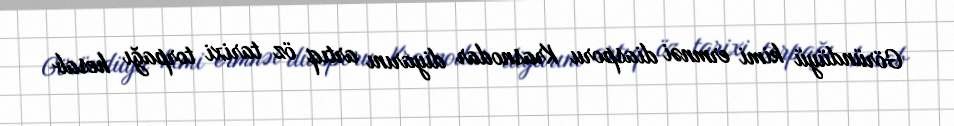
Göründüyü kimi ermnəi diasporu Krasnodar diyarını artıq öz tarixi torpağı hesab